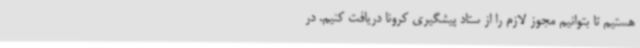
هستیم تا بتوانیم مجوز لازم را از ستاد پیشگیری کرونا دریافت کنیم. در